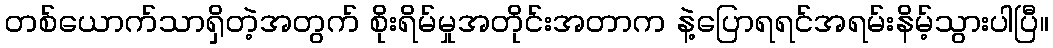
တစ်ယောက်သာရှိတဲ့အတွက် စိုးရိမ်မှုအတိုင်းအတာက နဲ့ပြောရရင်အရမ်းနိမ့်သွားပါပြီ။